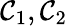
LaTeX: {\mathcal{C}}_{1},{\mathcal{C}}_{2}